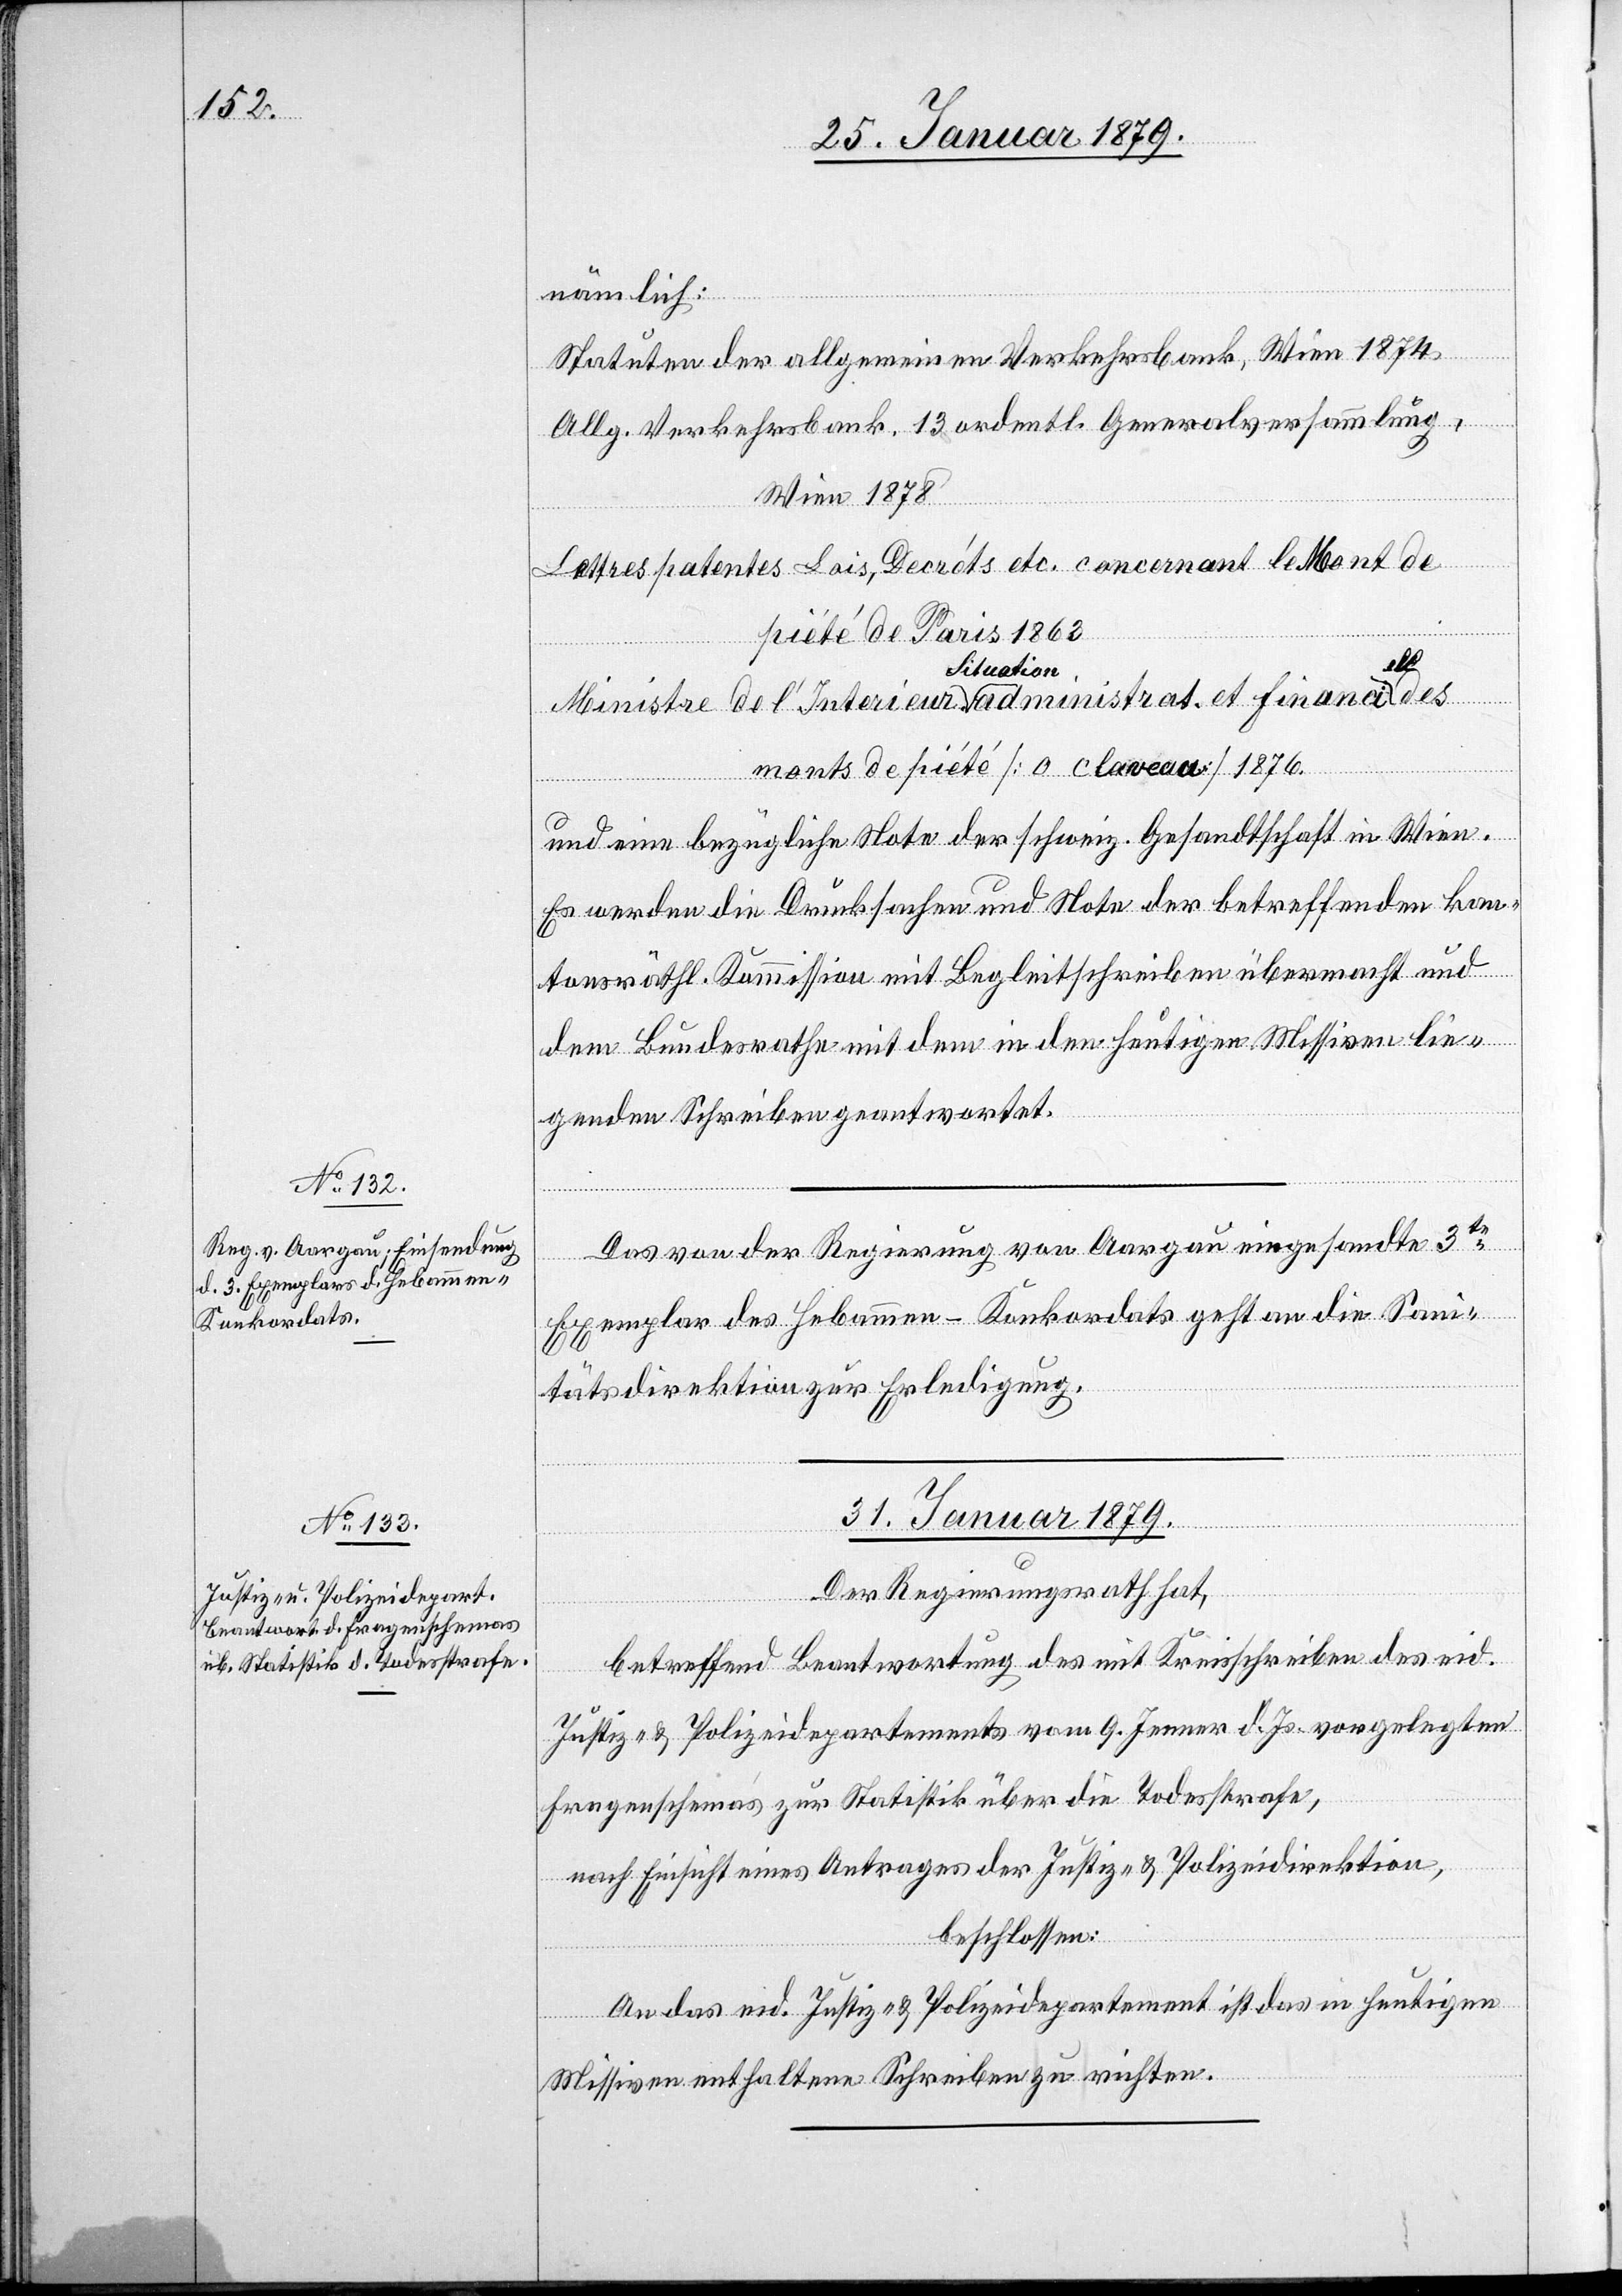
nämlich:
Statuten der allgemeinen Verkehrsbank, Wien 1874
Allg. Verkehrsbank. 13. ordentl. Generalversammlung,
Wien 1878
Lettres patentes Lois, Decréts etc. concernant le Mont de
rfügungen.
piété de Paris 1863
a-Situation-a
monts de piété [? o claveau] 1876.
und eine bezügliche Note der schweiz. Gesandtschaft in Wien.
Es werden die Drucksachen und Note der betreffenden kan¬
tonsräthl. Kommission mit Begleitschreiben übermacht und
dem Bundesrathe mit dem in den heutigen Missiven lie¬
genden Schreiben geantwortet.
Das von der Regierung von Aargau eingesandte 3te
Exemplar des Hebammen-Konkordats geht an die San¬
itätsdirektion zur Erledigung.
31. Januar 1879.
Der Regierungsrath hat,
betreffend Beantwortung des mit Kreisschreiben des eid.
Justiz- & Polizeidepartements vom 9. Jenner d. Js. vorgelegten
Fragenschemas zur Statistik über die Todesstrafe,
nach Einsicht eines Antrages der Justiz- & Polizeidirektion,
des
beschlossen:
An das eid. Justiz- & Polizeidepartement ist das in heutigen
Missiven enthaltene Schreiben zu richten.